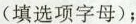
(填选项字母)；